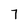
Character: 7